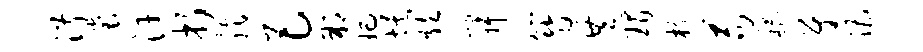
淑裳汗折脂巴朔妃埃炊寂簪共瑁核苟稽尉漕